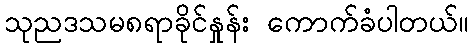
သုညဒသမ၈ရာခိုင်နှုန်း ကောက်ခံပါတယ်။